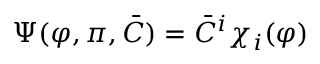
\Psi ( \varphi , \pi , { \bar { C } } ) = { \bar { C } } ^ { i } \chi _ { i } ( \varphi )